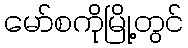
မော်စကိုမြို့တွင်